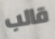
قالب